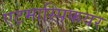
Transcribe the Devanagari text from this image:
एटमास्पिफयर